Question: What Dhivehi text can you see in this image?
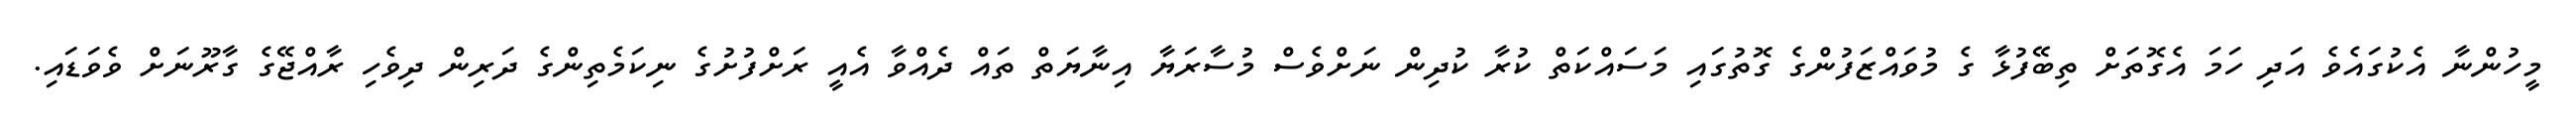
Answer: މީހުންނާ އެކުގައެވެ އަދި ހަމަ އެގޮތަށް ތިބޭފުޅާ ގެ މުވައްޒަފުންގެ ގޮތުގައި މަސައްކަތް ކުރާ ކުދިން ނަށްވެސް މުސާރަޔާ އިނާޔަތް ތައް ދެއްވާ އެއީ ރަށްފުށުގެ ނިކަމެތިންގެ ދަރިން ދިވެހި ރާއްޖޭގެ ގާރޫނަށް ވެވަޑައި.